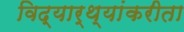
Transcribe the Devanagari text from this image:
विद्यार्थ्यांकरीता